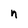
Character: n